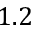
1 . 2